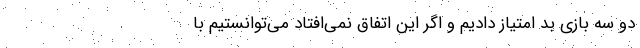
دو سه بازی بد امتیاز دادیم و اگر این اتفاق نمی‌افتاد می‌توانستیم با